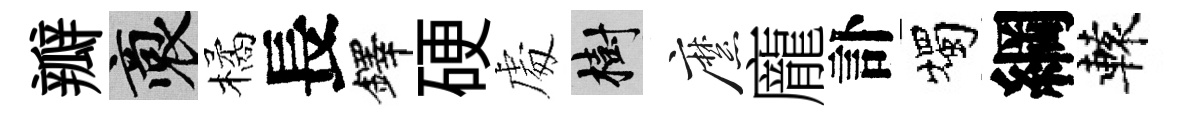
瓣裔橘長鐸硬䖏樹縻龐訃燭綱轅